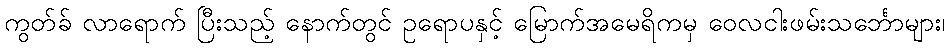
ကွတ်ခ် လာရောက် ပြီးသည့် နောက်တွင် ဥရောပနှင့် မြောက်အမေရိကမှ ဝေလငါးဖမ်းသင်္ဘောများ၊